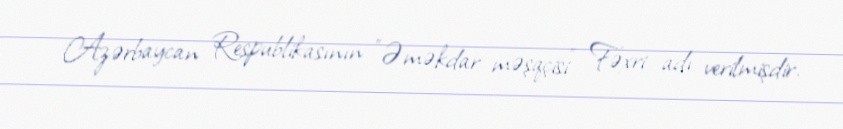
Azərbaycan Respublikasının "Əməkdar məşqçisi" Fəxri adı verilmişdir.